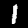
Label: 1